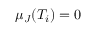
\mu _ { J } ( T _ { i } ) = 0